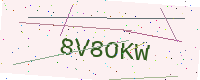
Text: 8V8OKW